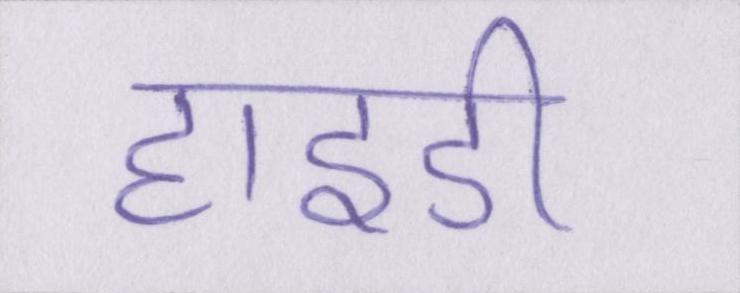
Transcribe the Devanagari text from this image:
हाइडी